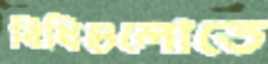
বিধিগুলোতে